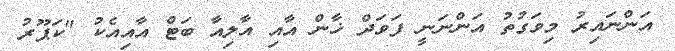
އަންނައިރު މިވަގުތު އަންނަނީ ފަވަދް ޚާން އާއި އާލިއާ ބަޓް އާއިއެކު "ކަޕޫރު